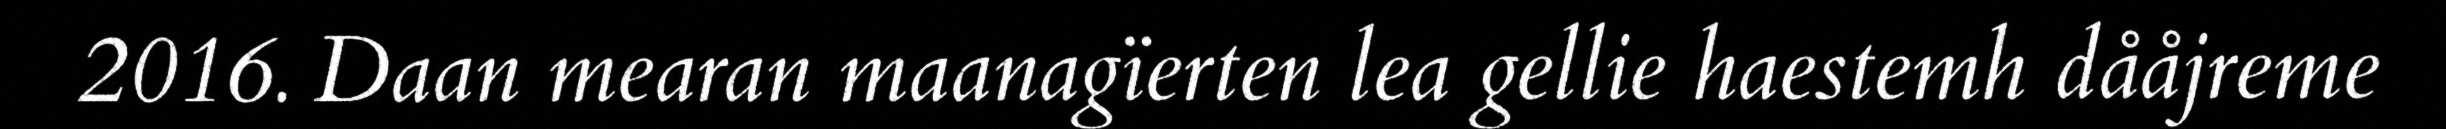
2016. Daan mearan maanagïerten lea gellie haestemh dååjreme